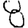
Digit: 8